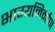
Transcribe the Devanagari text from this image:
भाग्यनिर्माण